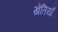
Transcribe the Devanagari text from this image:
खेतियाँ